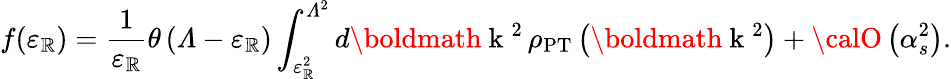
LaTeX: f(\varepsilon_{\mathbb{R}})=\frac{{1}}{{\varepsilon_{\mathbb{R}}}}\theta\left({\mit\Lambda}-\varepsilon_{\mathbb{R}}\right)\int_{\varepsilon_{\mathbb{R}}^{2}}^{{\mit\Lambda}^{2}}d\mathrm{{\boldmath~k~}}{}^{2}\, \rho_{\mathrm{{PT}}}\left(\mathrm{{\boldmath~k~}}{}^{2}\right)+{\calO}\left(\alpha_{s}^{2}\right).